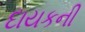
દાયકની